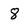
Character: 8